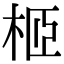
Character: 𣐵